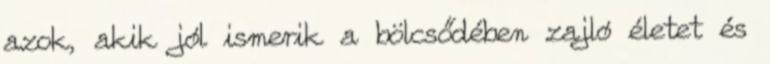
azok, akik jól ismerik a bölcsődében zajló életet és